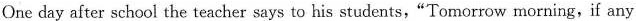
One day after school the teacher says to his students,"Tomorrow morning,if any